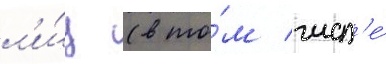
л'и́ц (в то́м числ'е́